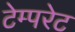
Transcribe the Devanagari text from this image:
टेम्‍परेट